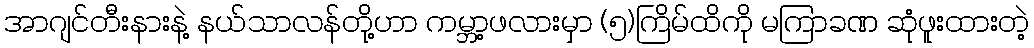
အာဂျင်တီးနားနဲ့ နယ်သာလန်တို့ဟာ ကမ္ဘာ့ဖလားမှာ (၅)ကြိမ်ထိကို မကြာခဏ ဆုံဖူးထားတဲ့